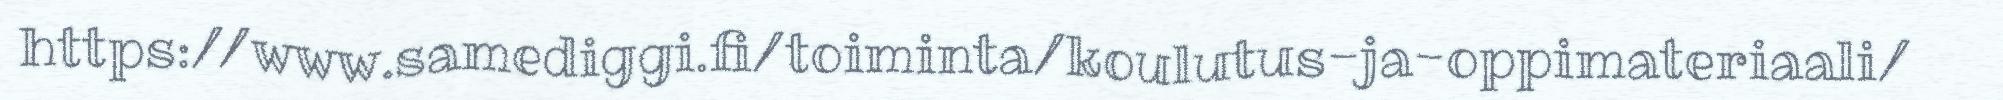
https://www.samediggi.fi/toiminta/koulutus-ja-oppimateriaali/